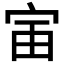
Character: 𫳂